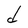
Character: d